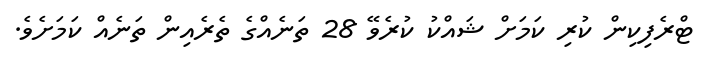
ޓްރެފިކިން ކުރި ކަމަށް ޝައްކު ކުރެވޭ 28 ތަނެއްގެ ތެރެއިން ތަނެއް ކަމަށެވެ.